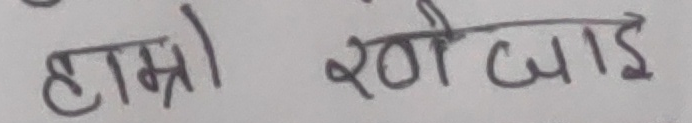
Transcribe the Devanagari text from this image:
हाम्रो खोजाई